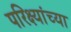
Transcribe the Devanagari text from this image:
परिक्ष्यांच्या